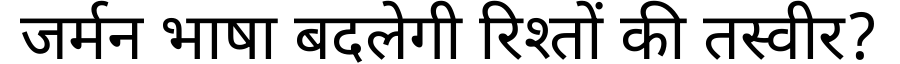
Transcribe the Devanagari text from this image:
जर्मन भाषा बदलेगी रिश्तों की तस्वीर?